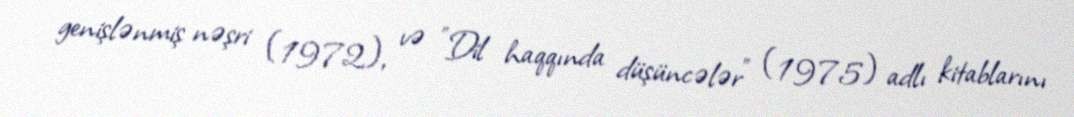
genişlənmiş nəşri (1972), və "Dil haqqında düşüncələr" (1975) adlı kitablarını